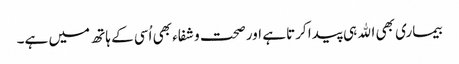
بیماری بھی اﷲ ہی پیدا کرتا ہے اور صحت و شفاء بھی اُسی کے ہاتھ میں ہے۔